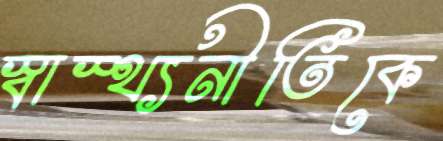
স্বাস্থ্যনীতিকে